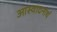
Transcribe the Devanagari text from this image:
आस्वादनार्थ